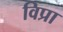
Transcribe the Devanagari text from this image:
विप्रा